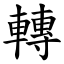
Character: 轉